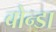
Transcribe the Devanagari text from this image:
बोन्डा